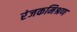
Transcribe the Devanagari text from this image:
रंजकमिश्रण